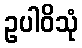
ဥပါဝိသုံ